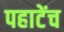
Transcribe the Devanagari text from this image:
पहाटेंच